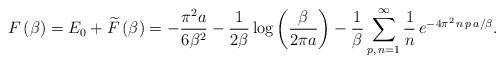
LaTeX: \begin{align*}F\left( \beta \right) =E_{0}+\widetilde{F}\left( \beta \right) =-\frac{\pi ^{2}a}{6\beta ^{2}}-\frac{1}{2\beta }\log \left( \frac{\beta }{2\pi a}\right) -\frac{1}{\beta }\sum ^{\infty }_{p,\, n=1}\frac{1}{n}\, e^{-4\pi ^{2}\, n\, p\, a/\beta }.\end{align*}